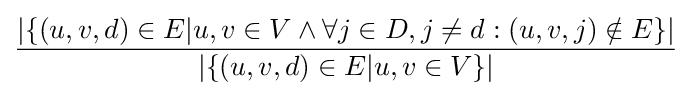
{\frac {|\{(u,v,d)\in E|u,v\in V\wedge \forall j\in D,j\neq d:(u,v,j)\notin E\}|}{|\{(u,v,d)\in E|u,v\in V\}|}}